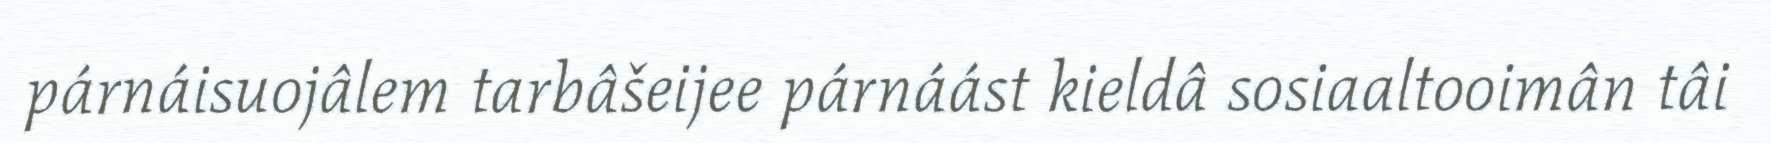
párnáisuojâlem tarbâšeijee párnáást kieldâ sosiaaltooimân tâi